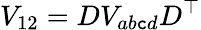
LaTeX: V_{12}=DV_{ab\mathtt{c}d}D^{\top}